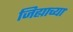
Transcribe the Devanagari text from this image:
जिह्याच्‍या